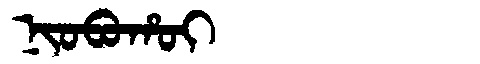
Manchu: ᠨᡳᠣᠪᠣᡥᠣᡳ
Romanization: NIOBOHOI